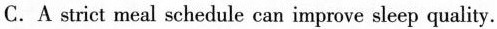
C.A strict meal schedule can improve sleep quality.